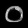
Digit: ၀